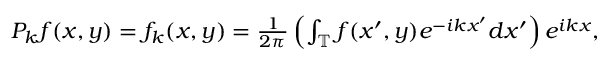
\begin{array} { r } { P _ { k } f ( x , y ) = f _ { k } ( x , y ) = \frac { 1 } { 2 \pi } \left( \int _ { \mathbb { T } } f ( x ^ { \prime } , y ) e ^ { - i k x ^ { \prime } } d x ^ { \prime } \right) e ^ { i k x } , } \end{array}